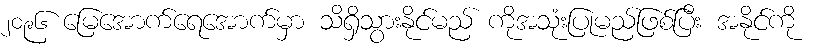
၂၀၉၆ မြေအောက်ရေအောက်မှာ သိရှိသွားနိုင်မည် ကိုအသုံးပြုမည်ဖြစ်ပြီး အနိုင်ကို